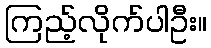
ကြည့်လိုက်ပါဦး။